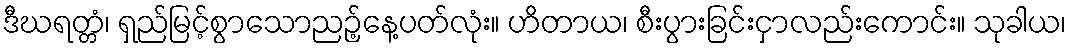
ဒီဃရတ္တံ၊ ရှည်မြင့်စွာသောညဉ့်နေ့ပတ်လုံး။ ဟိတာယ၊ စီးပွားခြင်းငှာလည်းကောင်း။ သုခါယ၊